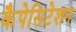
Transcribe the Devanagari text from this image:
कैपेसिटेशन